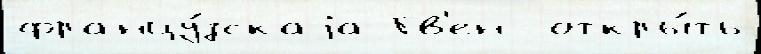
францу́зскаjа Гв'ен  откры́ть